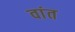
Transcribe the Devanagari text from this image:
वांत